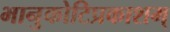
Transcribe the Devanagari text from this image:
भानुकोटिप्रकाशम्